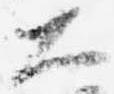
大